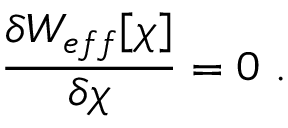
\frac { \delta W _ { e f f } [ \chi ] } { \delta \chi } = 0 ~ .